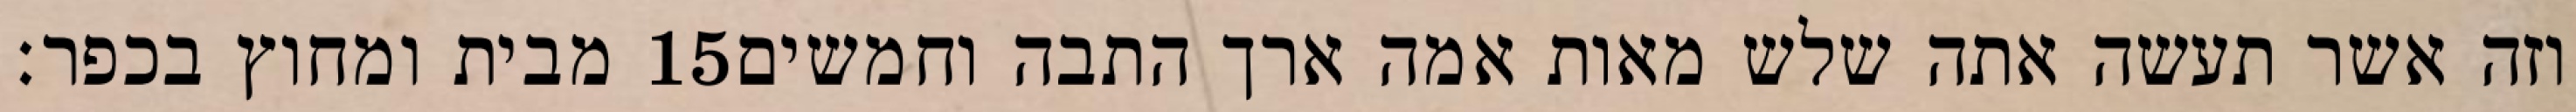
מבית ומחוץ בכפר׃ ‎15‏ וזה אשר תעשה אתה שלש מאות אמה ארך התבה וחמשים